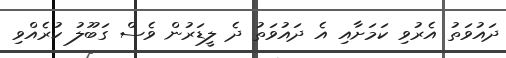
ދައުވަތު އެރުވި ކަމަށާއި އެ ދައުވަތު ދެ ލީޑަރުން ވެސް ގަބޫލު ކުރެއްވި